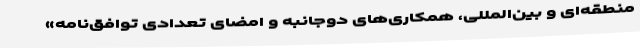
منطقه‌ای و بین‌المللی، همکاری‌های دوجانبه و امضای تعدادی توافق‌نامه»